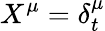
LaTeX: X^{\mu}=\delta_{t}^{\mu}